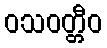
ဝသဝတ္တီဝ